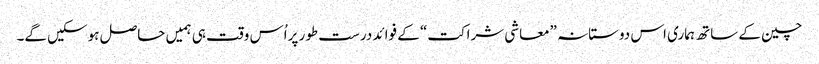
چین کے ساتھ ہماری اس دوستانہ ”معاشی شراکت“ کے فوائد درست طور پراُس وقت ہی ہمیں حاصل ہوسکیں گے۔